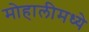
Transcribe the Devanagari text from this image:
मोहालीमध्ये